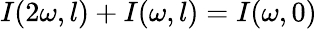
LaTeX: I(2\omega,l)+I(\omega,l)=I(\omega,0)